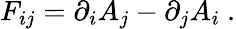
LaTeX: F_{ij}=\partial_{i}A_{j}-\partial_{j}A_{i}\ .